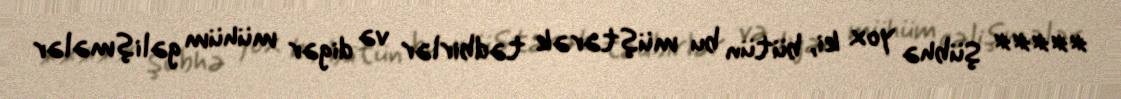
***** Şübhə yox ki, bütün bu müştərək tədbirlər və digər mühüm gəlişmələr